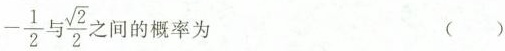
- \frac{1}{2}与\frac{\sqrt{2}}{2} 的概率为 ( )